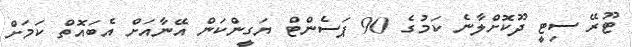
ޓޫރޭ ސިޓީ ދޫކޮށްލާނެ ކަމުގެ 90 ޕަސެންޓް ޔަގީންކަން އޭނާއަށް އެބައޮތް ކަމަށް